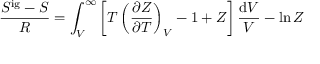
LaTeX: { \frac { S ^ { \mathrm { i g } } - S } { R } } = \int _ { V } ^ { \infty } \left[ T \left( { \frac { \partial Z } { \partial T } } \right) _ { V } - 1 + Z \right] { \frac { \mathrm { d } V } { V } } - \ln Z